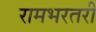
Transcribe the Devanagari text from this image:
रामभरतरी